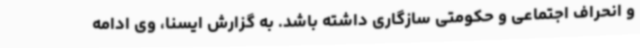
و انحراف اجتماعی و حکومتی سازگاری داشته باشد. به گزارش ایسنا، وی ادامه